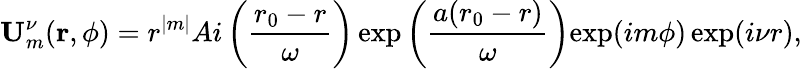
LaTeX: {\mathbf U}_{m}^{\nu}({\mathbf r},\phi)={r^{\lvert m\rvert}}Ai\left(\frac{r_{0}-r}{\omega}\right)\exp\left({\frac{a(r_{0}-r)}{\omega}}\right){\exp(im\phi)}\exp({i\nu r}),